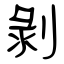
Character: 剝